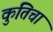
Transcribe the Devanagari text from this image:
कुंतिचा